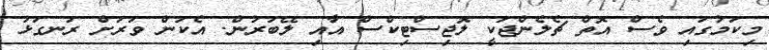
މިކަމުގައި ވެސް އޮތް ޗެލެންޖަކީ ލޮޖިސްޓިކްސް އާއި ލޭބަރުން. އެކަން ވަރަށް ރަނގަޅު